Vaccination Hyderabad 1890-1903 - 1890-1903
Year: 1890
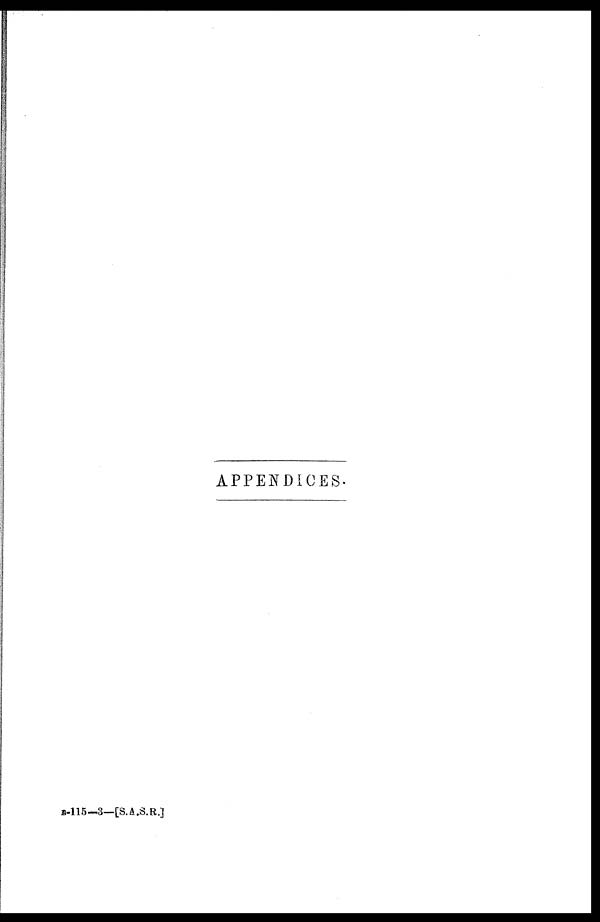
APPENDICES.